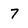
Character: 7